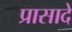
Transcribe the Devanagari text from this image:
प्रासादे